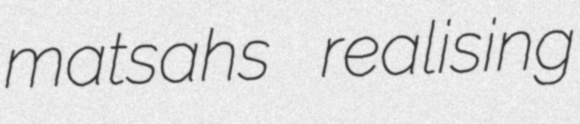
matsahs realising